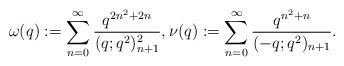
LaTeX: \begin{align*}\omega(q)&:=\sum_{n=0}^{\infty} \frac{q^{2n^2+2n}}{(q;q^2)_{n+1}^2},\nu(q):=\sum_{n=0}^{\infty} \frac{q^{n^2+n}}{(-q;q^2)_{n+1}}.\end{align*}